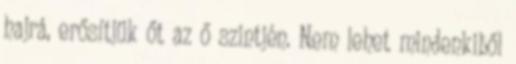
hajrá, erősítjük őt az ő szintjén. Nem lehet mindenkiből